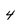
Character: 4